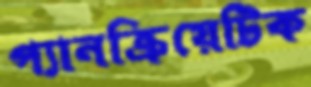
প্যানক্রিয়েটিক